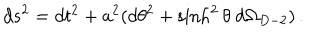
LaTeX: d s ^ { 2 } = d t ^ { 2 } + a ^ { 2 } ( d \theta ^ { 2 } + \sinh ^ { 2 } \theta \ d \Omega _ { D - 2 } ) \, .